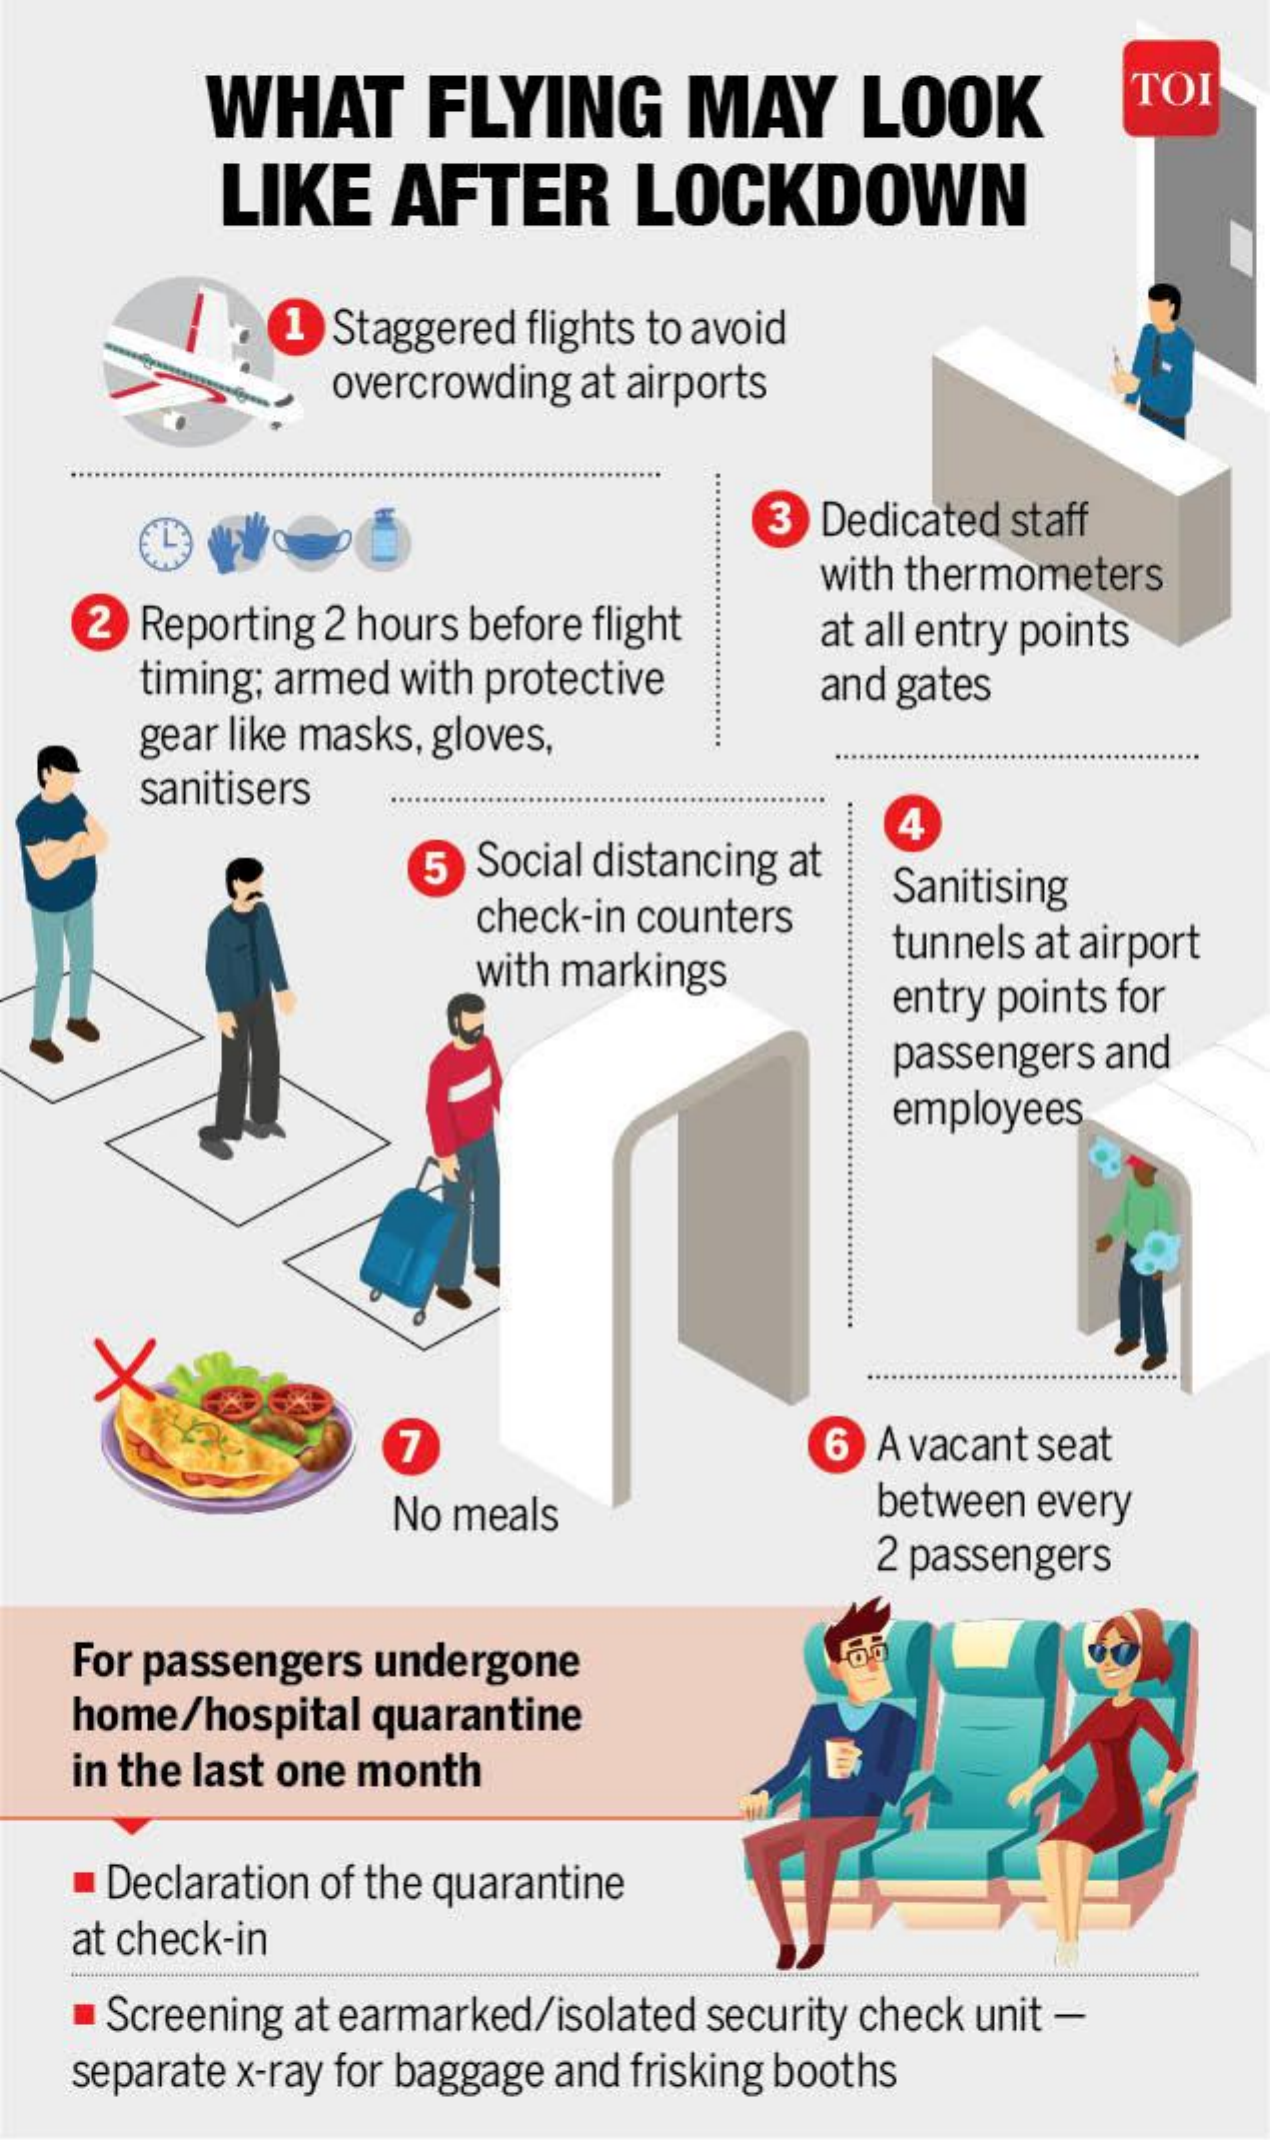
WHAT    FLYING    MAY    LOOK    TOI
     LIKE    AFTER    LOCKDOWN
     1 Staggered flights to avoid
     overcrowding at airports
     3 Dedicated staff
     with thermometers
     2 Reporting 2 hours before flight  at all entry points
     timing; armed with protective    and gates
     gear like masks, gloves,
     sanitisers
     5 Social distancing at
     4
     check-in counters
     Sanitising
     with markings
     tunnels at airport
     entry points for
     passengers and
     employees
     X
     7    6 A vacant seat
     No meals    between every
     2 passengers
    For passengers undergone
    home/hospital quarantine
    in the last one month
     Declaration of the quarantine
    at check-in
     Screening at earmarked/isolated security check unit -
    separate x-ray for baggage and frisking booths